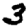
Digit: 3